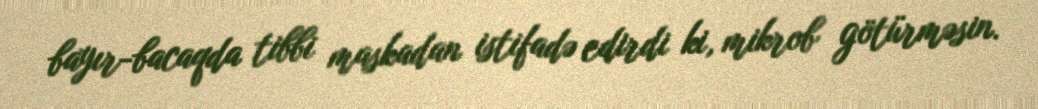
bayır-bacaqda tibbi maskadan istifadə edirdi ki, mikrob götürməsin.